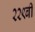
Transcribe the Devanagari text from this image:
२२९बी